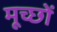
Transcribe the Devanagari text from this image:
मूच्छों